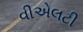
વીએલટી